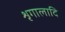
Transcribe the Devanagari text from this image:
शृगालादि